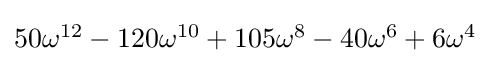
{\textstyle 50\omega ^{12}-120\omega ^{10}+105\omega ^{8}-40\omega ^{6}+6\omega ^{4}}